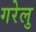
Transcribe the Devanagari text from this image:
गरेलु